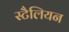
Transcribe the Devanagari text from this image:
स्टैलियन